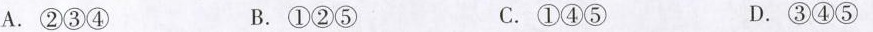
A.②③④ B.①②⑤ C.①④⑤ D.③④⑤